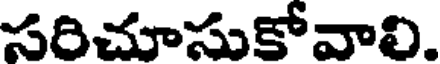
సరిచూసుకోవాలి.